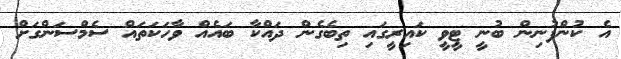
އެ ކުންފުނިން ބުނީ ޓީވީ ކައިރީގަައި ތިބެގެން ދައްކާ ބައެއް ވާހަކަތައް ސެމްސަންގަށް